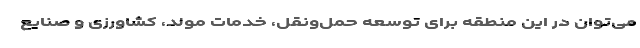
می‌توان در این منطقه برای توسعه حمل‌ونقل، خدمات مولد، کشاورزی و صنایع